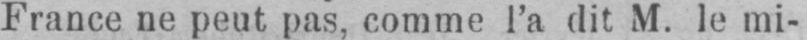
France ne peut pas, comme l’a dit M. le mi-